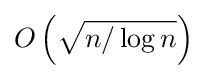
O\left({\sqrt {n/\log n}}\right)